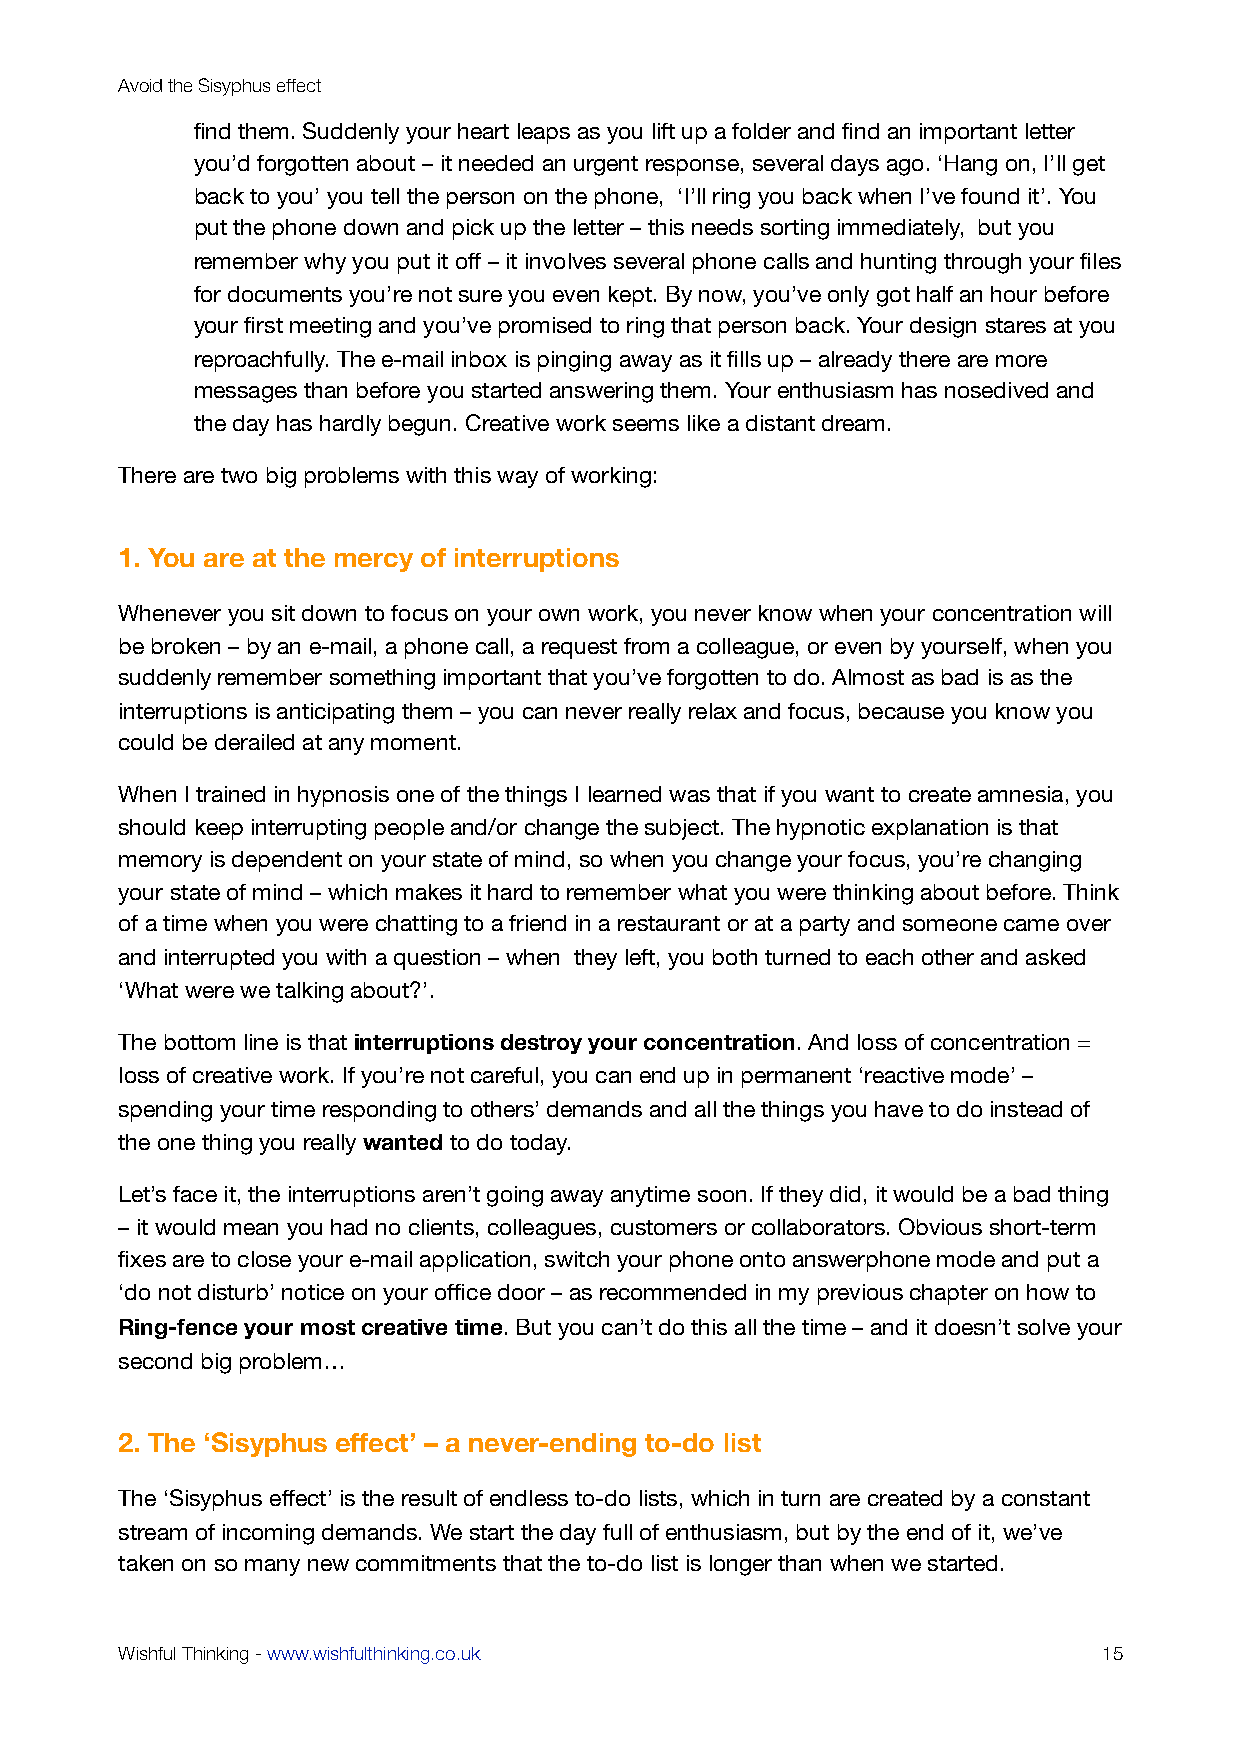
Avoid the Sisyphus effect
 find them. Suddenly your heart leaps as you lift up a folder and find an important letter
 you’d forgotten about – it needed an urgent response, several days ago. ‘Hang on, I’ll get
 back to you’ you tell the person on the phone, ‘I’ll ring you back when I’ve found it’. You
 put the phone down and pick up the letter – this needs sorting immediately, but you
 remember why you put it off – it involves several phone calls and hunting through your files
 for documents you’re not sure you even kept. By now, you’ve only got half an hour before
 your first meeting and you’ve promised to ring that person back. Your design stares at you
 reproachfully. The e-mail inbox is pinging away as it fills up – already there are more
 messages than before you started answering them. Your enthusiasm has nosedived and
 the day has hardly begun. Creative work seems like a distant dream.
 There are two big problems with this way of working:
 1. You are at the mercy of interruptions
 Whenever you sit down to focus on your own work, you never know when your concentration will
 be broken – by an e-mail, a phone call, a request from a colleague, or even by yourself, when you
 suddenly remember something important that you’ve forgotten to do. Almost as bad is as the
 interruptions is anticipating them – you can never really relax and focus, because you know you
 could be derailed at any moment.
 When I trained in hypnosis one of the things I learned was that if you want to create amnesia, you
 should keep interrupting people and/or change the subject. The hypnotic explanation is that
 memory is dependent on your state of mind, so when you change your focus, you’re changing
 your state of mind – which makes it hard to remember what you were thinking about before. Think
 of a time when you were chatting to a friend in a restaurant or at a party and someone came over
 and interrupted you with a question – when they left, you both turned to each other and asked
 ‘What were we talking about?’.
 The bottom line is that interruptions destroy your concentration. And loss of concentration =
 loss of creative work. If you’re not careful, you can end up in permanent ‘reactive mode’ –
 spending your time responding to others’ demands and all the things you have to do instead of
 the one thing you really wanted to do today.
 Let’s face it, the interruptions aren’t going away anytime soon. If they did, it would be a bad thing
 – it would mean you had no clients, colleagues, customers or collaborators. Obvious short-term
 fixes are to close your e-mail application, switch your phone onto answerphone mode and put a
 ‘do not disturb’ notice on your office door – as recommended in my previous chapter on how to
 Ring-fence your most creative time. But you can’t do this all the time – and it doesn’t solve your
 second big problem…
 2. The ‘Sisyphus effect’ – a never-ending to-do list
 The ‘Sisyphus effect’ is the result of endless to-do lists, which in turn are created by a constant
 stream of incoming demands. We start the day full of enthusiasm, but by the end of it, we’ve
 taken on so many new commitments that the to-do list is longer than when we started.
 Wishful Thinking - www.wishfulthinking.co.uk                     15